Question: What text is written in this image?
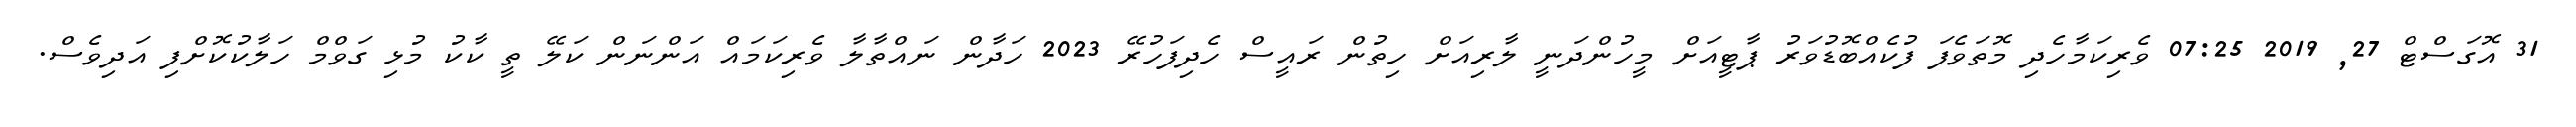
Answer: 31 އޮގަސްޓް 27, 2019 07:25 ވެރިކަމާހެދި މޮތަވެފަ ފުކެއްބޮޑުވަރު ޕާޓީއަށް މީހުންދަނީ ލާރިއަށް ހިތުން ރައީސް ހެދިފަހުރޭ 2023 ހަދާން ނައްތާލާ ވެރިކަމައް އަންނަން ކަލޭ ތީ ކާކު މުޅި ގަވްމް ހަލާކުކޮށްފި އަދިވެސް.